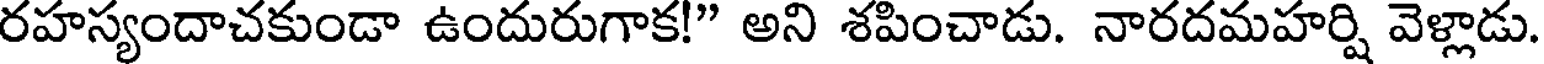
రహస్యందాచకుండా ఉందురుగాక!" అని శపించాడు. నారదమహర్షి వెళ్లాడు.